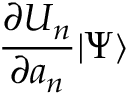
\frac { \partial U _ { n } } { \partial a _ { n } } | \Psi \rangle